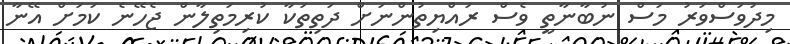
މިދުވަސްވަރު މަސް ނުބާނާތީ ވެސް ރައްޔިތުންނަށް ދަތިތަކާ ކުރިމަތިލާން ޖެހޭނެ ކަމަށް އޭނާ